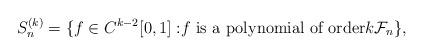
LaTeX: \begin{align*}S_n^{(k)} = \{ f\in C^{k-2}[0,1]:&f \text{ is a polynomial of order$k$} \mathcal F_n \},\end{align*}